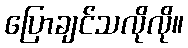
ပြောချင်သလိုလို။